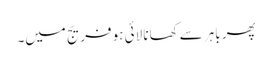
پھر باہر سے کھانا لائی ہو فریج میں۔